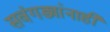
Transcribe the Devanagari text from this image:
सवंगड्यांनाही